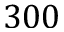
3 0 0